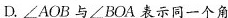
D. \angle AOB 与 \angle BOA表示同一个角